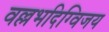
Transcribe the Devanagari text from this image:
वल्लभदिग्विजय